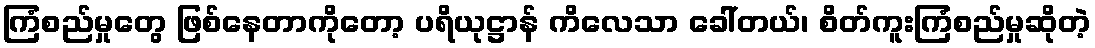
ကြံစည်မှုတွေ ဖြစ်နေတာကိုတော့ ပရိယုဋ္ဌာန် ကိလေသာ ခေါ်တယ်၊ စိတ်ကူးကြံစည်မှုဆိုတဲ့